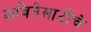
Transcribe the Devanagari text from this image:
कवितेसाठीचे